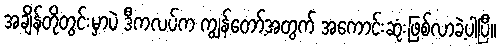
အချိန်တိုတွင်းမှာပဲ ဒီကလပ်က ကျွန်တော့်အတွက် အကောင်းဆုံးဖြစ်လာခဲ့ပါပြီ။